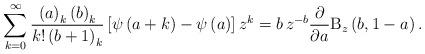
LaTeX: \begin{align*}\sum_{k=0}^{\infty }\frac{\left( a\right) _{k}\left( b\right) _{k}}{k!\left(b+1\right) _{k}}\left[ \psi \left( a+k\right) -\psi \left( a\right) \right]z^{k}=b\,z^{-b}\frac{\partial }{\partial a}\mathrm{B}_{z}\left( b,1-a\right). \end{align*}